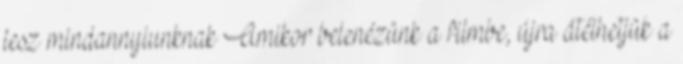
lesz mindannyiunknak Amikor belenézünk a filmbe, újra átélhetjük a